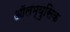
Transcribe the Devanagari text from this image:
ऑलम्युसिक